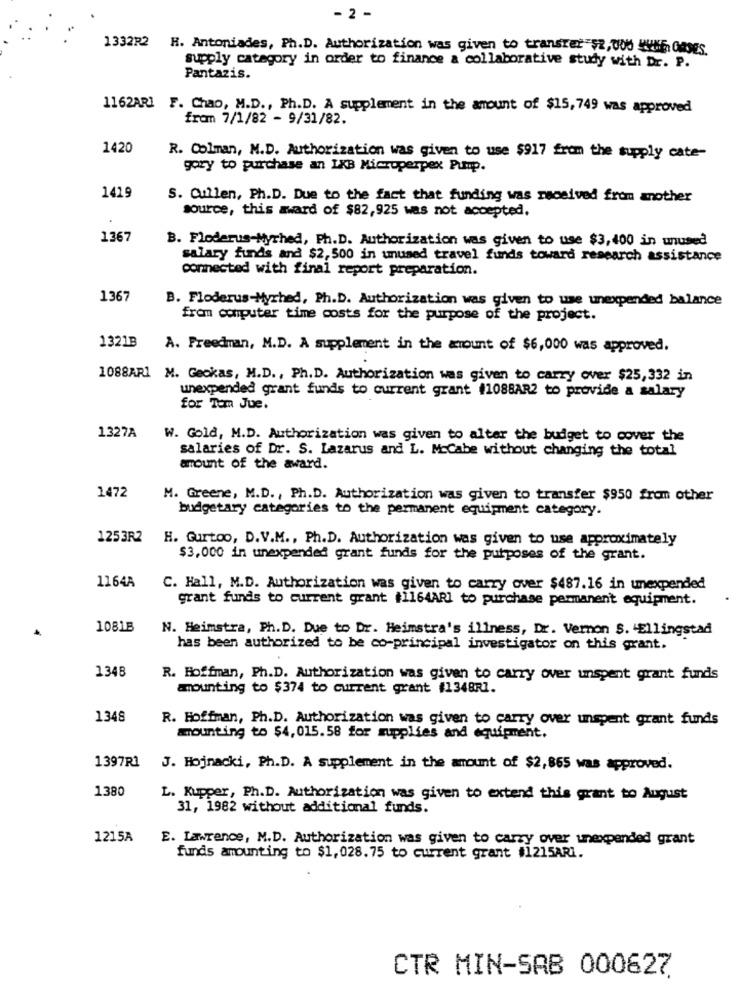
- 2 -
1332R2 H. Antoniades, Ph.D. Authorization was given to transter"$2, 000 KVME, Gases.
supply category in order to finance a collaborative study with Dr. P.
Pantazis.
1162ARI F. Chao, M.D ., Ph.D. A supplement in the amount of $15,749 was approved
from 7/1/82 - 9/31/82.
1420
R. Colman, M.D. Authorization was given to use $917 from the supply cate-
gory to purchase an IXB Microperpex Pump.
1419
S. Cullen, Ph.D. Due to the fact that funding was received from another
source, this award of $82,925 was not accepted,
1367
B. Floderus-Myrhed, Ph.D. Authorization was given to use $3,400 in unused
salary funds and $2,500 in unused travel funds toward research assistance
connected with final report preparation.
1367
B. Floderus-Myrhed, Ph.D. Authorization was given to use unexpended balance
from computer time costs for the purpose of the project.
1321B
A. Freedman, M.D. A supplement in the amount of $6,000 was approved.
1088AR1 M. Geokas, M.D ., Ph.D. Authorization was given to carry over $25,332 in
unexpended grant funds to current grant #1088AR2 to provide a salary
for Tom Jue.
1327A
W. Gold, M.D. Authorization was given to alter the budget to cover the
salaries of Dr. S. Lazarus and L. McCabe without changing the total
amount of the award.
1472
M. Greene, M.D ., Ph.D. Authorization was given to transfer $950 from other
budgetary categories to the permanent equipment category.
1253R2
H. Gurtoo, D.V.M ., Ph.D. Authorization was given to use approximately
$3,000 in unexpended grant funds for the purposes of the grant.
1164A
C. Hall, M.D. Authorization was given to carry over $487.16 in unexpended
grant funds to current grant #1164ARI to purchase permanent equipment.
1081B
N. Heimstra, Ph.D. Due to Dr. Heimstra's illness, Dr. Vernon S. "Ellingstad
has been authorized to be co-principal investigator on this grant.
1348
R. Hoffman, Ph.D. Authorization was given to carry over unspent grant funds
mounting to $374 to current grant #1348R].
1348
R. Hoffman, Ph.D. Authorization was given to carry over unspent grant funds
mounting to $4,015.58 for supplies and equipment.
1397R1
J. Hojnacki, Ph.D. A supplement in the amount of $2,865 was approved.
1380
L. Kupper, Ph.D. Authorization was given to extend this grant to August
31, 1982 without additional funds.
1215A
E. Lawrence, M.D. Authorization was given to carry over unexpended grant
funds amounting to $1,028.75 to current grant #1215ARi.
CTR MIN-SAB 000627